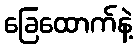
ခြေထောက်နဲ့